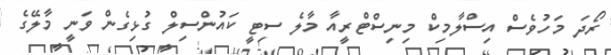
ރޯދަ މަހުވެސް އިސްލާމިކް މިނިސްޓްރީއާ މާލެ ސިޓީ ކައުންސިލް ގުޅިގެން ވަނީ މާލޭގެ